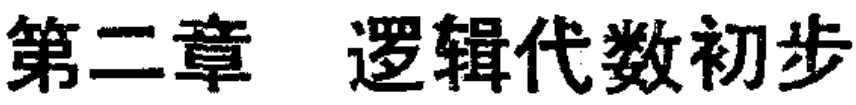
第二章 逻辑代数初步